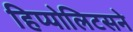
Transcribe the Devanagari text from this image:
हिप्पोलिटसने